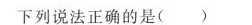
下列说法正确的是( )